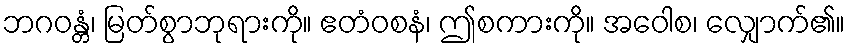
ဘဂဝန္တံ၊ မြတ်စွာဘုရားကို။ ဧတံဝစနံ၊ ဤစကားကို။ အဝေါစ၊ လျှောက်၏။